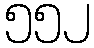
၅၅၂